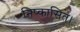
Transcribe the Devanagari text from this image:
निष्कासित।